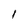
Character: 1